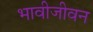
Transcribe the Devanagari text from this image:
भावीजीवन